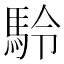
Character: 駖